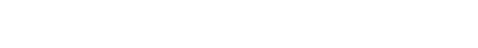
ပြီးစီးခြင်းရှိသော ဥပမေယျကို။ ဝေဒိတဗ္ဗေ၊ သိထိုက်၏။